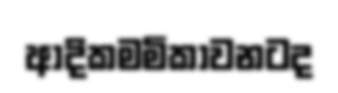
ආදිකමමිකාවනටද